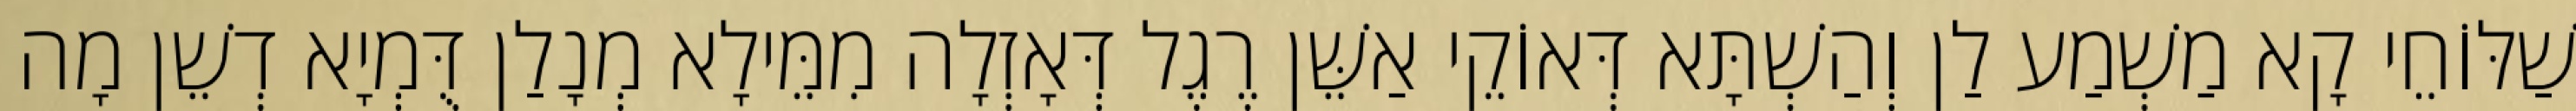
שַׁלּוֹחֵי קָא מַשְׁמַע לַן וְהַשְׁתָּא דְּאוֹקֵי אַשֵּׁן רֶגֶל דְּאָזְלָה מִמֵּילָא מְנָלַן דֻּמְיָא דְשֵׁן מָה